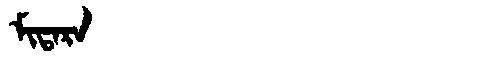
Manchu: ᠮᡳᡨᠠᡵᠠ
Romanization: MITARA